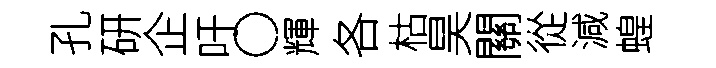
孔研企吁〇輝各枯昊關從減蝗